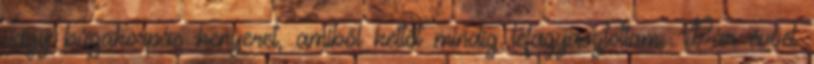
vagy búzakorpás kenyeret, amiből kettőt mindig lefagyasztottam. Pár évvel